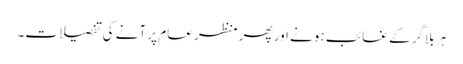
ہر بلاگر کے غائب ہونے اور پھر منظر عام پر آنے کی تفصیلات۔